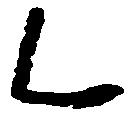
乙